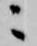
ニ